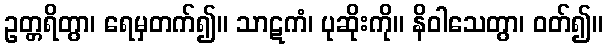
ဥတ္တရိတွာ၊ ရေမှတက်၍။ သာဋကံ၊ ပုဆိုးကို။ နိဝါသေတွာ၊ ဝတ်၍။